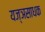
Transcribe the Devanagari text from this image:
यज्ञसाधक